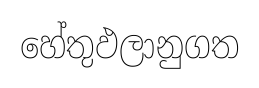
හේතුඵලානුගත